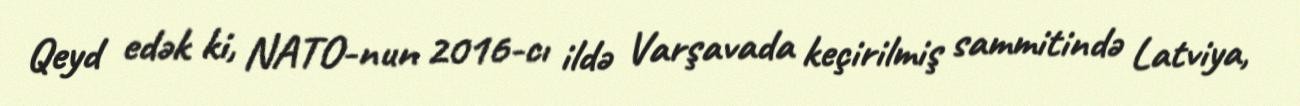
Qeyd edək ki, NATO-nun 2016-cı ildə Varşavada keçirilmiş sammitində Latviya,